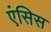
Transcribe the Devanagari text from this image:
एंसिस